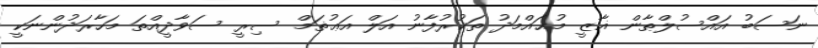
ނަސަބު އައްސުލްޠާން ޣާޒީ މުޙައްމަދު ތަކުރުފާނު އަލް އަޢުޡަމް ސިރީ ސަވާދީއްތަ މަހާރަދުންނަކީ